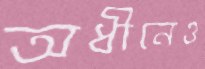
অধীনেও